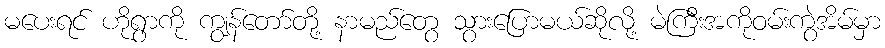
မပေးရင် ဟိုရွာကို ကျွန်တော်တို့ နာမည်တွေ သွားပြောမယ်ဆိုလို့ မဲကြီးအကိုဝမ်းကွဲအိမ်မှာ